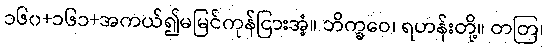
၁၆၀+၁၆၁+အကယ်၍မမြင်ကုန်ငြားအံ့။ ဘိက္ခဝေ၊ ရဟန်းတို့။ တတြ၊